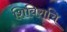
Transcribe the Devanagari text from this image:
शिबिराचि